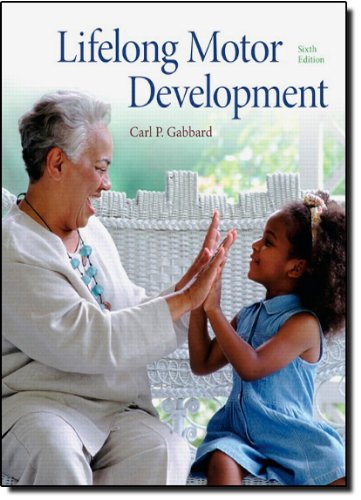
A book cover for Lifelong Motor Development (6th Edition); Carl P. Gabbard; Medical Books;